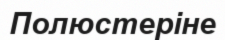
Полюстеріне